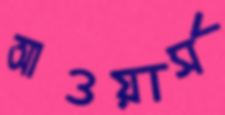
আওয়ার্স